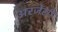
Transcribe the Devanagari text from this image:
अरजेंसी